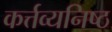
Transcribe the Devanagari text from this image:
कर्त्तव्यनिष्ठ